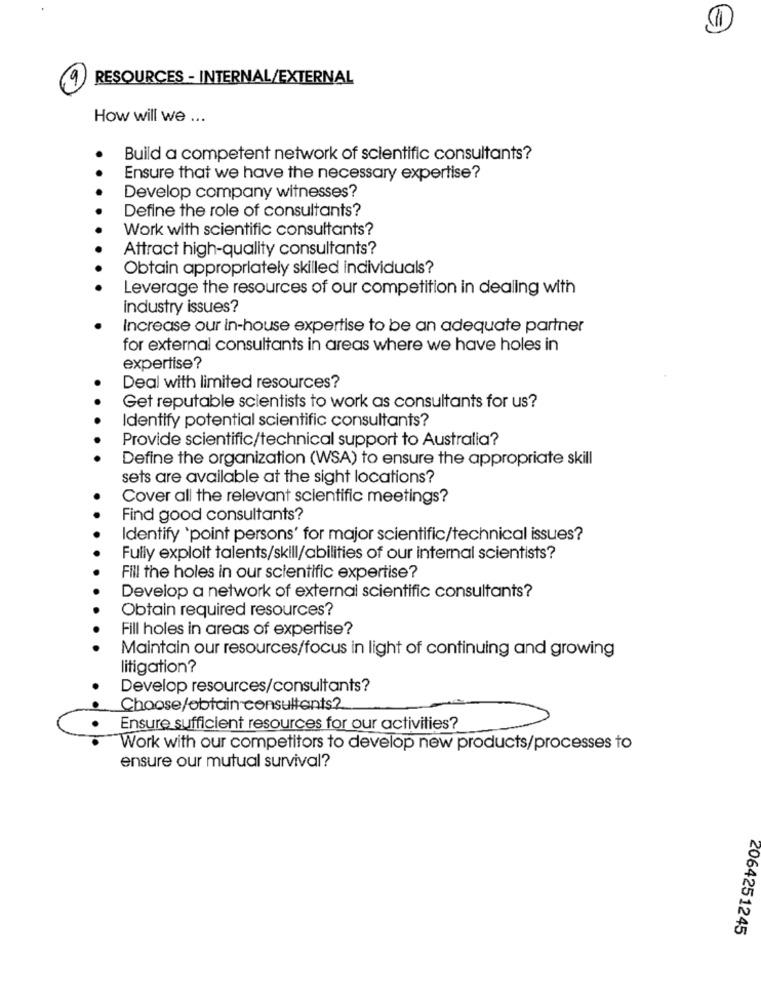
RESOURCES - INTERNAL/EXTERNAL
How will we ...
Build a competent network of scientific consultants?
Ensure that we have the necessary expertise?
Develop company witnesses?
Define the role of consultants?
Work with scientific consultants?
Attract high-quality consultants?
Obtain appropriately skilled individuals?
Leverage the resources of our competition in dealing with
industry issues?
Increase our in-house expertise to be an adequate partner
for external consultants in areas where we have holes in
expertise?
.
Deal with limited resources?
Get reputable scientists to work as consultants for us?
Identify potential scientific consultants?
Provide scientific/technical support to Australia?
Define the organization (WSA) to ensure the appropriate skill
sets are available at the sight locations?
Cover all the relevant scientific meetings?
Find good consultants?
Identify `point persons' for major scientific/technical issues?
Fully exploit talents/skill/abilities of our internal scientists?
Fill the holes in our scientific expertise?
Develop a network of external scientific consultants?
Obtain required resources?
Fill holes in areas of expertise?
Maintain our resources/focus in light of continuing and growing
litigation?
Develop resources/consultants?
Choose/obtain consultants?
Ensure sufficient resources for our activities?
Work with our competitors to develop new products/processes to
ensure our mutual survival?
2064251245